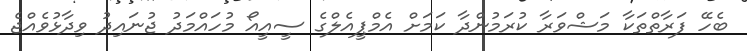
ބެހޭ ފަރާތްތަކާ މަޝްވަރާ ކުރަމުންދާ ކަމަށް އެމްޕީއެލްގެ ސީއީއޯ މުހައްމަދު ޖުނައިދު ވިދާޅުވެއްޖެ